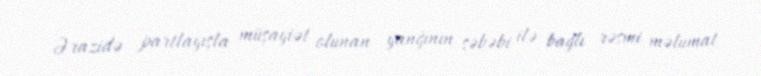
Ərazidə partlayışla müşayiət olunan yanğının səbəbi ilə bağlı rəsmi məlumat